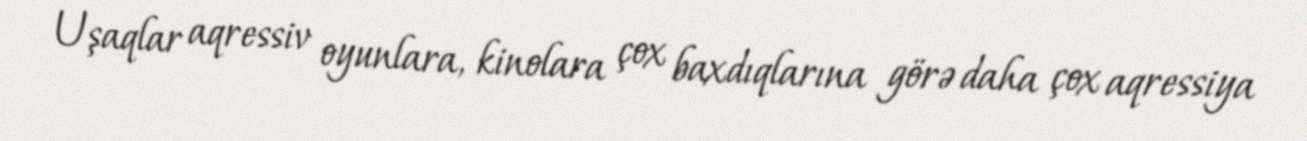
Uşaqlar aqressiv oyunlara, kinolara çox baxdıqlarına görə daha çox aqressiya